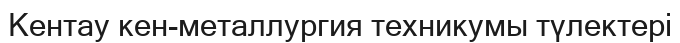
Кентау кен-металлургия техникумы түлектері